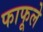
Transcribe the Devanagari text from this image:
फाफूले